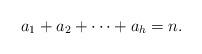
LaTeX: \begin{align*} a_1 +a_2 + \cdots + a_h = n. \end{align*}